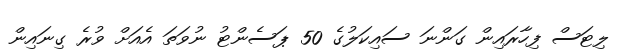
ލިޓަސް ފިހާރައިން ގަންނަ ސައިކަލުގެ 50 ޕަސެންޓު ނުވަތަ އެއަށް ވުރެ ގިނައިން